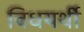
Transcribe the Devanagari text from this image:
विधयर्थी